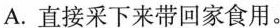
A.直接采下来带回家食用。